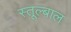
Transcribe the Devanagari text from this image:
स्तूल्बाल